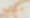
مكانه